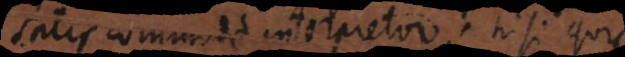
satis commode interpretor; nisi quis